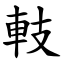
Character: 䡋